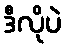
ဒီလိုပဲ